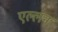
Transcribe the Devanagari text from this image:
एल्लन